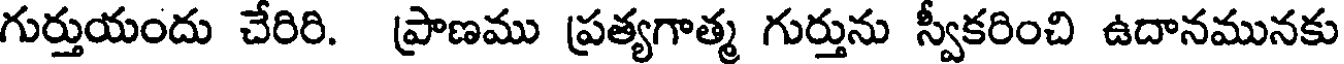
గుర్తుయందు చేరిరి. ప్రాణము ప్రత్యగాత్మ గుర్తును స్వీకరించి ఉదానమునకు